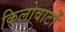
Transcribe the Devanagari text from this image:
किलोवाटों